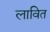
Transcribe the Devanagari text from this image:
लावित